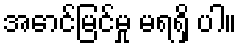
အောင်မြင်မှု မရရှိ ပါ။